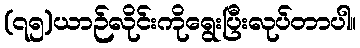
(၇၅)ယာဉ်လိုင်းကိုရွေးပြီးလုပ်တာပါ။